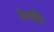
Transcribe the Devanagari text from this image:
ख़्याति